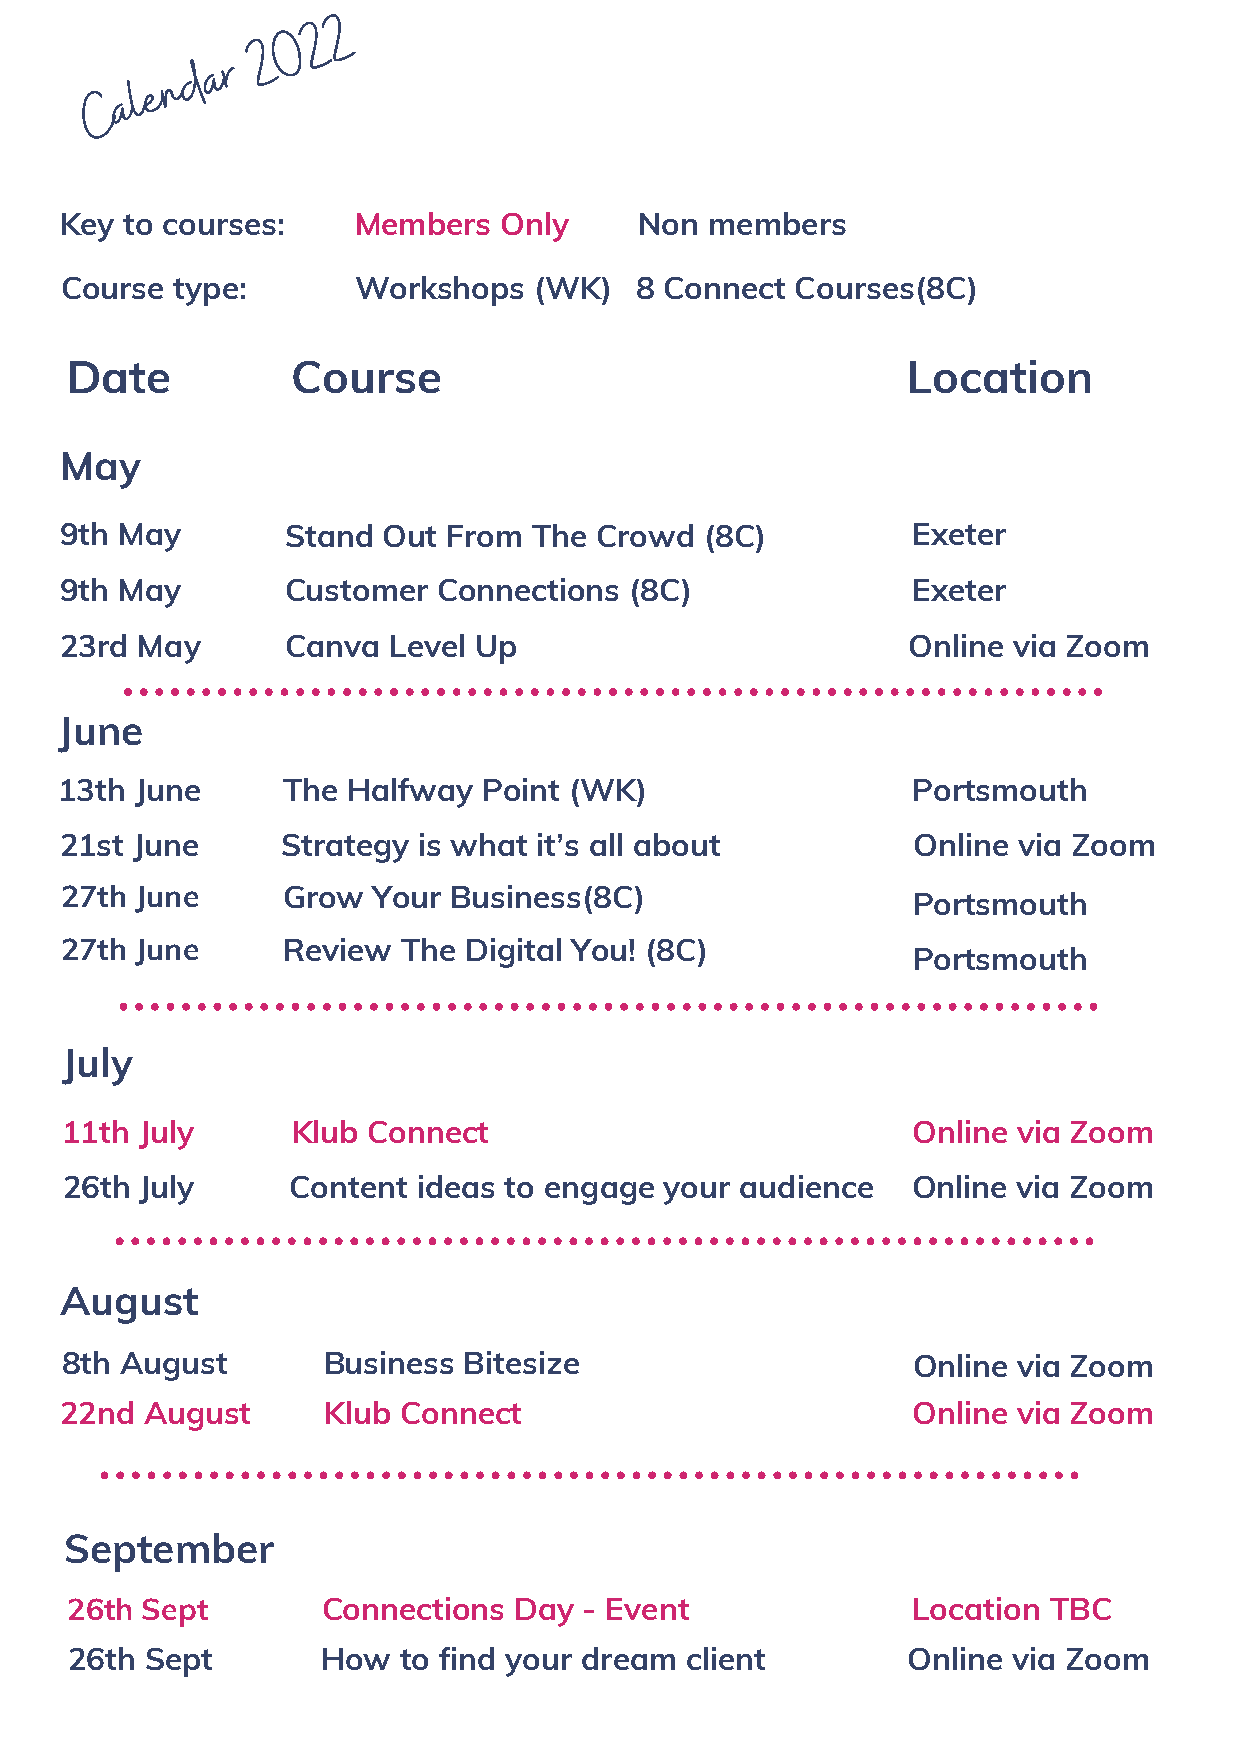
2
 2
 0
 2
 d a r
 n
 C a l e
 Key to courses:    Members   Only     Non  members
 Course type:       Workshops   (WK)   8 Connect  Courses(8C)
 Date           Course                                   Location
 May
 9th May        Stand Out  From The Crowd   (8C)         Exeter
 9th May        Customer  Connections  (8C)              Exeter
 23rd May       Canva  Level Up                          Online via Zoom
 June
 13th June      The Halfway  Point (WK)                  Portsmouth
 21st June      Strategy is what it’s all about          Online via Zoom
 27th June      Grow  Your Business(8C)
 Portsmouth
 27th June      Review  The Digital You! (8C)
 Portsmouth
 July
 11th July      Klub Connect                             Online via Zoom
 26th July      Content  ideas to engage your audience   Online via Zoom
 August
 8th August       Business  Bitesize                     Online via Zoom
 22nd  August      Klub Connect                          Online via Zoom
 September
 26th Sept        Connections  Day  - Event              Location TBC
 26th Sept       How   to find your dream client        Online via Zoom